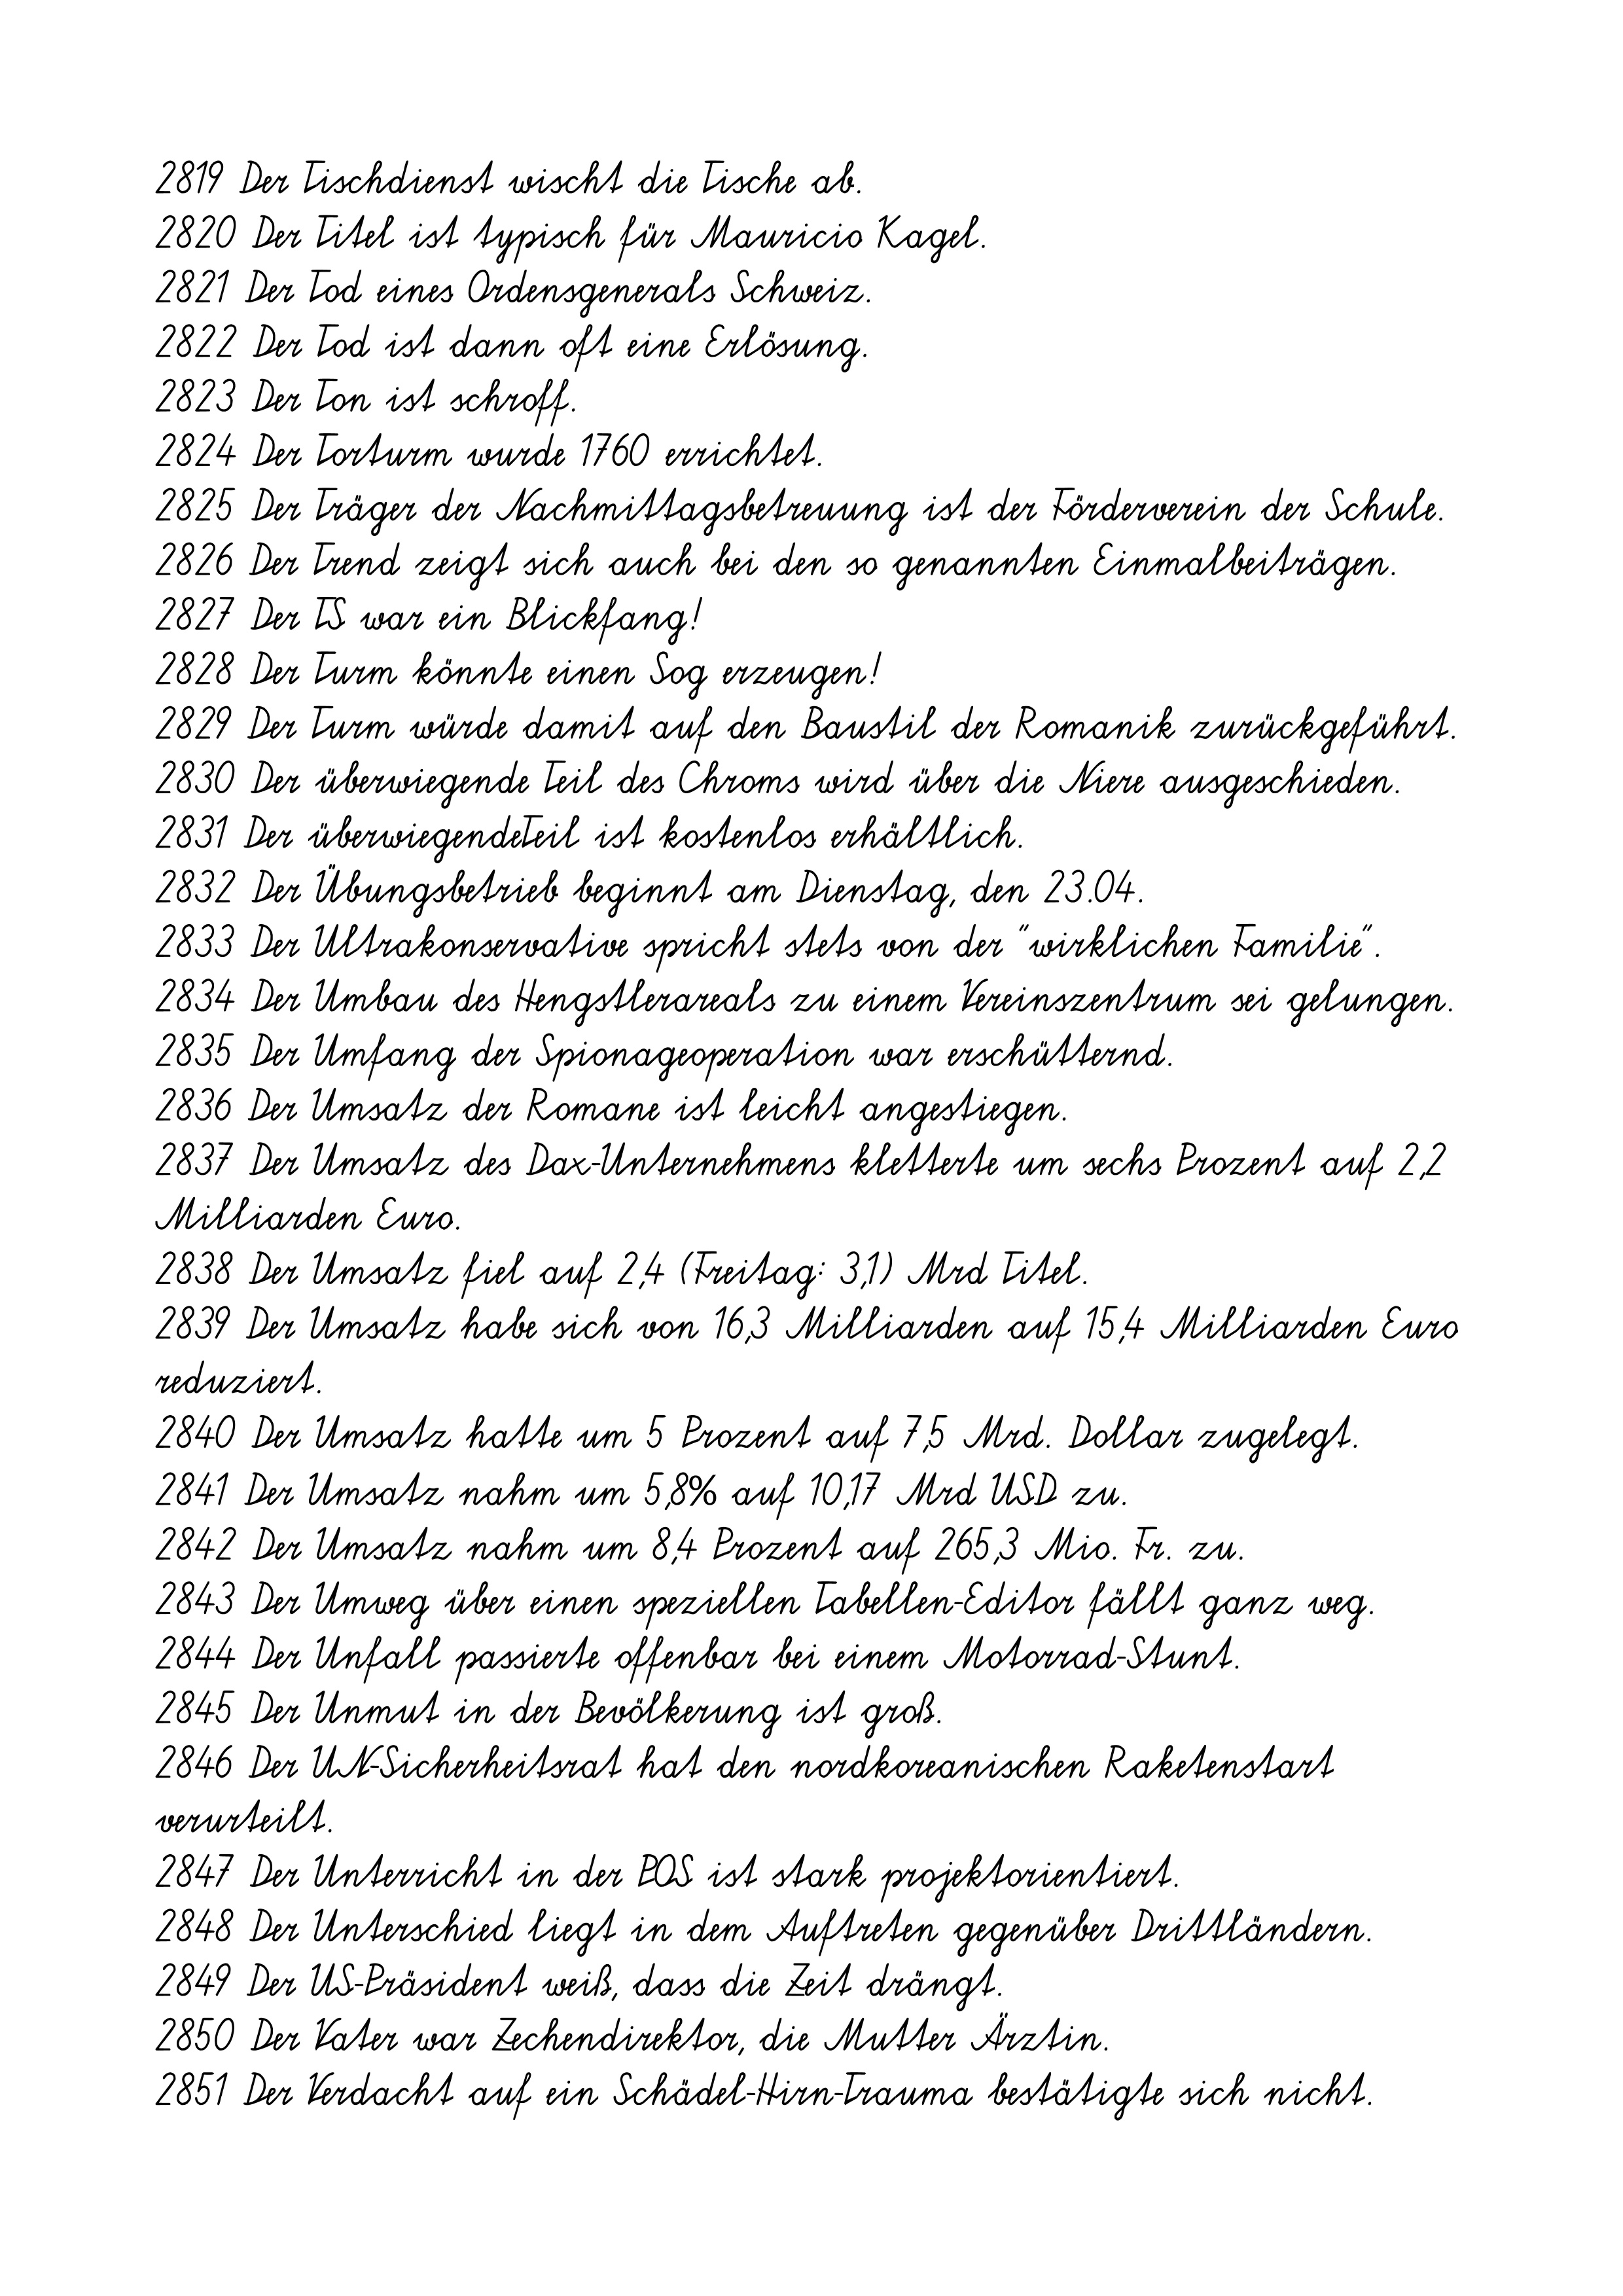
2819 Der Tischdienst wischt die Tische ab.
2820 Der Titel ist typisch für Mauricio Kagel.
2821 Der Tod eines Ordensgenerals Schweiz.
2822 Der Tod ist dann oft eine Erlösung.
2823 Der Ton ist schroff.
2824 Der Torturm wurde 1760 errichtet.
2825 Der Träger der Nachmittagsbetreuung ist der Förderverein der Schule.
2826 Der Trend zeigt sich auch bei den so genannten Einmalbeiträgen.
2827 Der TS war ein Blickfang!
2828 Der Turm könnte einen Sog erzeugen!
2829 Der Turm würde damit auf den Baustil der Romanik zurückgeführt.
2830 Der überwiegende Teil des Chroms wird über die Niere ausgeschieden.
2831 Der überwiegendeTeil ist kostenlos erhältlich.
2832 Der Übungsbetrieb beginnt am Dienstag, den 23.04.
2833 Der Ultrakonservative spricht stets von der "wirklichen Familie".
2834 Der Umbau des Hengstlerareals zu einem Vereinszentrum sei gelungen.
2835 Der Umfang der Spionageoperation war erschütternd.
2836 Der Umsatz der Romane ist leicht angestiegen.
2837 Der Umsatz des Dax-Unternehmens kletterte um sechs Prozent auf 2,2
Milliarden Euro.
2838 Der Umsatz fiel auf 2,4 (Freitag: 3,1) Mrd Titel.
2839 Der Umsatz habe sich von 16,3 Milliarden auf 15,4 Milliarden Euro
reduziert.
2840 Der Umsatz hatte um 5 Prozent auf 7,5 Mrd. Dollar zugelegt.
2841 Der Umsatz nahm um 5,8% auf 10,17 Mrd USD zu.
2842 Der Umsatz nahm um 8,4 Prozent auf 265,3 Mio. Fr. zu.
2843 Der Umweg über einen speziellen Tabellen-Editor fällt ganz weg.
2844 Der Unfall passierte offenbar bei einem Motorrad-Stunt.
2845 Der Unmut in der Bevölkerung ist groß.
2846 Der UN-Sicherheitsrat hat den nordkoreanischen Raketenstart
verurteilt.
2847 Der Unterricht in der POS ist stark projektorientiert.
2848 Der Unterschied liegt in dem Auftreten gegenüber Drittländern.
2849 Der US-Präsident weiß, dass die Zeit drängt.
2850 Der Vater war Zechendirektor, die Mutter Ärztin.
2851 Der Verdacht auf ein Schädel-Hirn-Trauma bestätigte sich nicht.